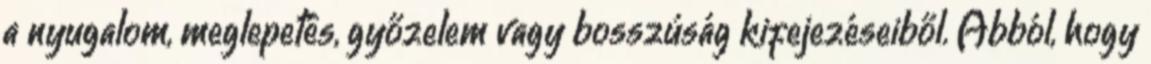
a nyugalom, meglepetés, győzelem vagy bosszúság kifejezéseiből. Abból, hogy